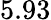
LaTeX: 5.93